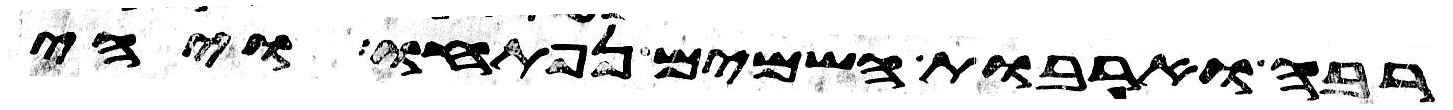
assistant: רבה וארבות השמים נפתחו ויהי